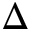
\Delta